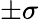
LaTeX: \pm\sigma